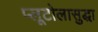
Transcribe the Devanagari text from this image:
प्लूटोलासुद्धा